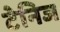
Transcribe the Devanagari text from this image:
टेनिज